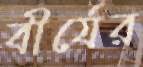
বীর্যের